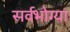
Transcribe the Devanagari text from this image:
सर्वभोग्या